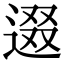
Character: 逫